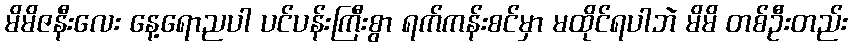
မိမိဇနီးလေး နေ့ရောညပါ ပင်ပန်းကြီးစွာ ရက်ကန်းစင်မှာ မထိုင်ရပါဘဲ မိမိ တစ်ဦးတည်း